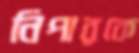
নিপারকে